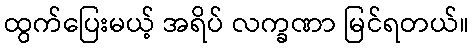
ထွက်ပြေးမယ့် အရိပ် လက္ခဏာ မြင်ရတယ်။